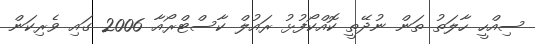
ސިއްހީ ހާލަތު ތަން ނުދޭތީ ކޮއްކޯފުޅު ރައުލް ކާސްޓްރޯއާ 2006 ގައި ވެރިކަން